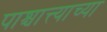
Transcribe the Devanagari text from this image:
पाश्चात्त्याच्या